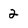
Character: 2